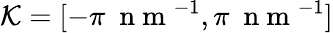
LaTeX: \mathcal{K}=[-\pi~{\mathrm{~n~m~}}^{-1},\pi~{\mathrm{~n~m~}}^{-1}]